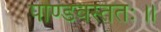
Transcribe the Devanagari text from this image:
पाण्डवस्ततः॥